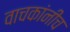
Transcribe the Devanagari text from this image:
वाचकांनीच